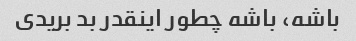
باشه، باشه چطور اینقدر بد بریدی